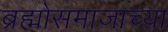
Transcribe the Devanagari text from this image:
ब्रह्मोसमाजाच्या